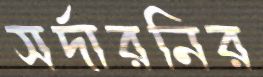
সর্দারনির